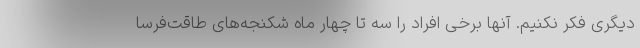
دیگری فکر نکنیم. آنها برخی افراد را سه تا چهار ماه شکنجه‌های طاقت‌فرسا